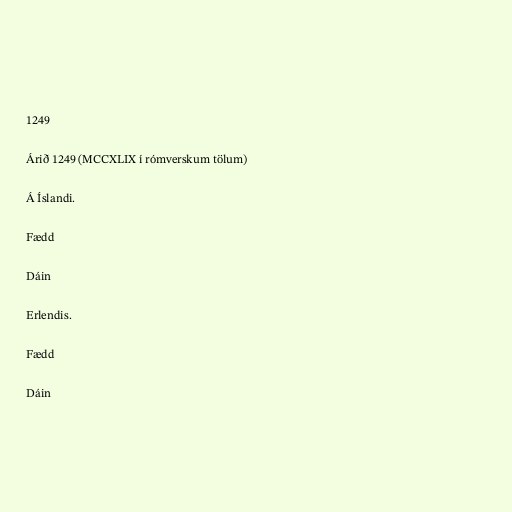
1249

Árið 1249 (MCCXLIX í rómverskum tölum)

Á Íslandi.

Fædd

Dáin

Erlendis.

Fædd

Dáin